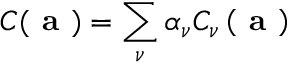
C ( \textbf { a } ) = \sum _ { \nu } \alpha _ { \nu } C _ { \nu } \left( \textbf { a } \right)